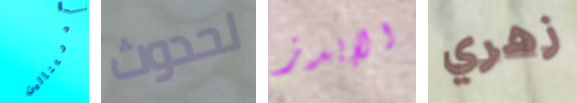
أدرينالين لحدوث الإيدز زهري